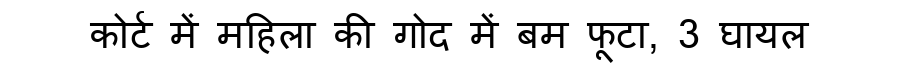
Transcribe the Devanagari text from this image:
कोर्ट में महिला की गोद में बम फूटा, 3 घायल